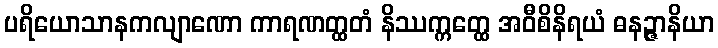
ပရိယောသာနကလျာဏော ကာရဏတ္ထတံ နိဿက္ကတ္ထေ အဝီစိနိရယံ ဓနဉ္ဇာနိယာ